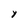
Character: Y